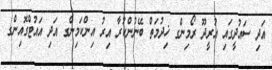
އަދި ސައުދީގައި އުރީދޫ ރޯމިންގ ޚިދުމަތް ބޭނުންކުރާ އިރު އިންކަމިންގ އަދި އައުޓްގޮއިންގ